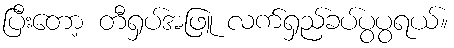
ပြီးတော့ တီရှပ်အဖြူ လက်ရှည်ခပ်ပွပွရယ်။